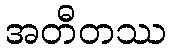
အတီတဿ